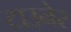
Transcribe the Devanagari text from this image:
टाउनेर